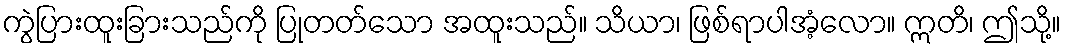
ကွဲပြားထူးခြားသည်ကို ပြုတတ်သော အထူးသည်။ သိယာ၊ ဖြစ်ရာပါအံ့လော။ ဣတိ၊ ဤသို့။